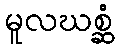
မူလဃစ္ဆံ